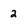
Character: 2